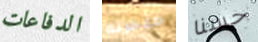
الدفاعات مؤخرته حسنا